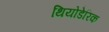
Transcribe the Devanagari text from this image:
थियोडेरिक